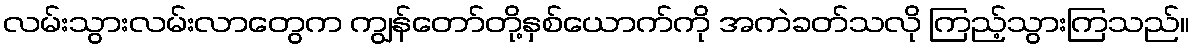
လမ်းသွားလမ်းလာတွေက ကျွန်တော်တို့နှစ်ယောက်ကို အကဲခတ်သလို ကြည့်သွားကြသည်။